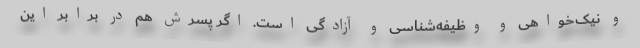
و نیک‌خواهی و وظیفه‌شناسی و آزادگی است. اگر پسرش هم در برابر این